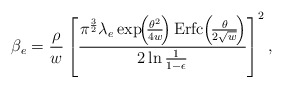
\begin{align*} \beta_e = \frac{\rho}{w} \left[ \frac{ \pi^{\frac{3}{2}} \lambda_e \exp \!\! \left(\! \frac{\theta^2}{4w} \! \right) \mathrm{Erfc} \! \left( \! \frac{\theta}{2 \sqrt{w}} \! \right )}{2 \ln \frac{1}{1 - \epsilon}} \right]^2,\end{align*}